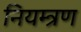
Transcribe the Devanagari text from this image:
नियम्त्रण